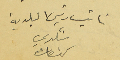
نائب رئيس البلدية شكري كنعان